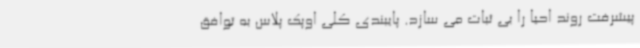
پیشرفت روند احیا را بی ثبات می سازد. پایبندی کلی اوپک پلاس به توافق